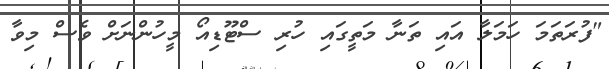
"ފުރަތަމަ ހަމަލާ އައި ތަނާ މަތީގައި ހުރި ސްޓޫޑިއޯ މީހުންނަށް ވެސް މިވާ